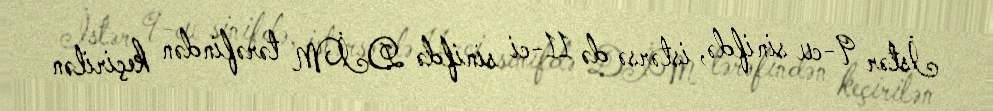
İstər 9-cu sinifdə, istərsə də 11-ci sinifdə DİM tərəfindən keçirilən